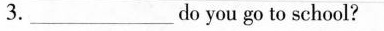
3.___do you go to school?